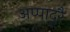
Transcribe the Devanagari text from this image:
अप्पादुरै